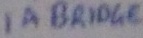
Text: 1A BRIDGE